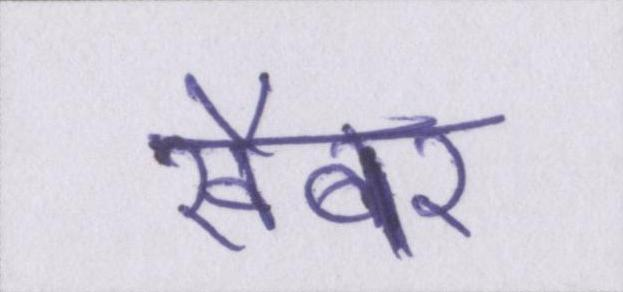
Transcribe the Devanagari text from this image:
खैबर